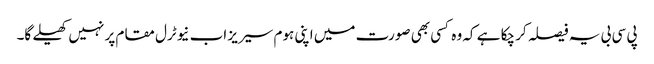
پی سی بی یہ فیصلہ کر چکا ہے کہ وہ کسی بھی صورت میں اپنی ہوم سیریز اب نیوٹرل مقام پر نہیں کھیلے گا۔